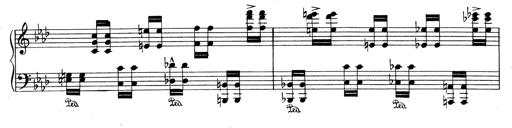
Title: Variationen Ã¼ber das Motiv von Bach
Composer: Franz Liszt